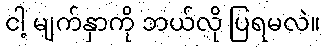
ငါ့ မျက်နှာကို ဘယ်လို ပြရမလဲ။